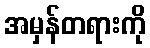
အမှန်တရားကို